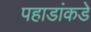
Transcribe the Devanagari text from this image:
पहाडांकडे